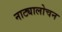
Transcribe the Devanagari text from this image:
नाट्यालोचन